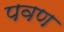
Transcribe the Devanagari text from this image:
पवण